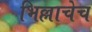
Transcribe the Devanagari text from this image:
भिल्लाचेच